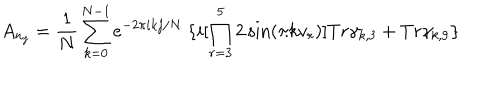
LaTeX: A _ { n _ { j } } = \frac { 1 } { N } \sum _ { k = 0 } ^ { N - 1 } e ^ { - 2 \pi i k j / N } \ \{ i [ \prod _ { r = 3 } ^ { 5 } 2 \sin ( \pi k v _ { r } ) ] T r \gamma _ { k , 3 } + T r \gamma _ { k , 9 } \}